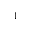
^ { 1 }